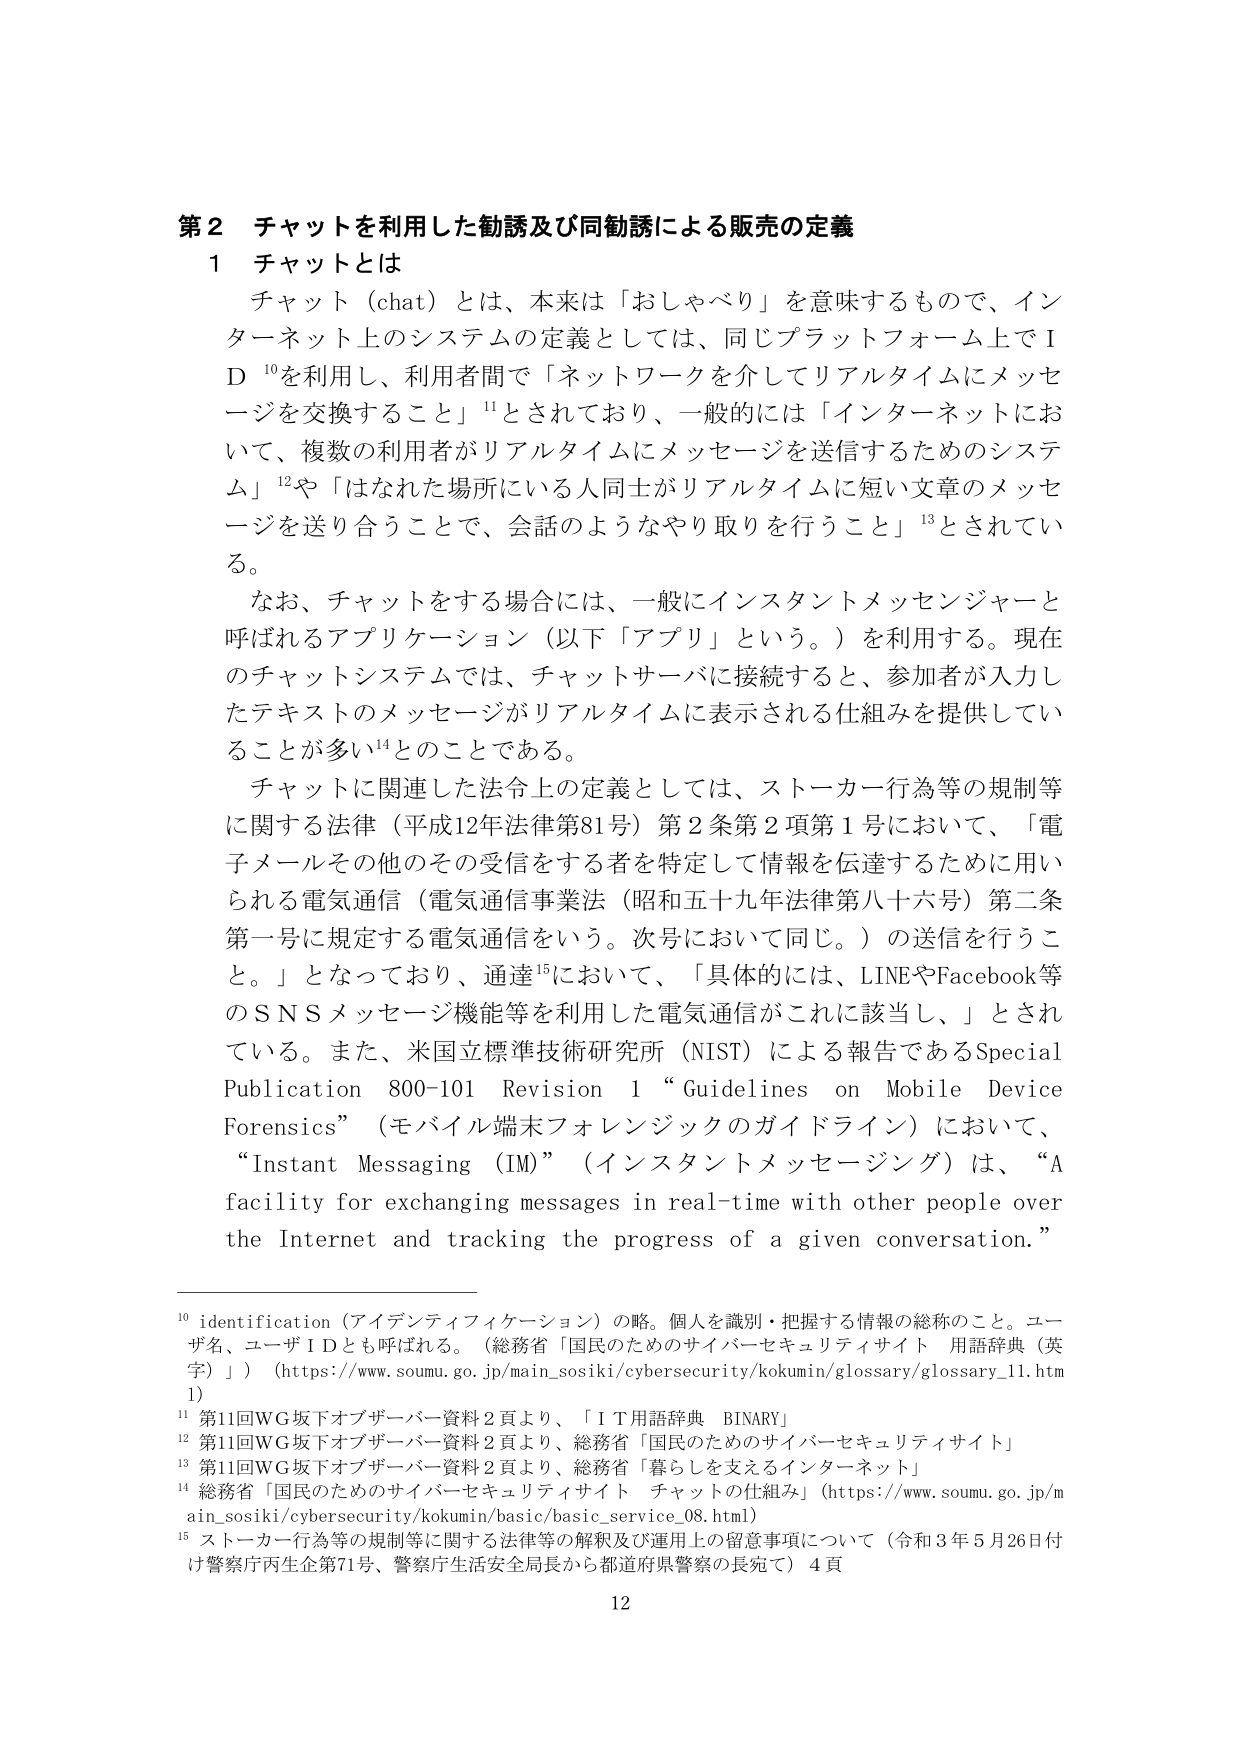
第２ チャットを利用した勧誘及び同勧誘による販売の定義

１ チャットとは

チャット（chat）とは、本来は「おしゃべり」を意味するもので、インターネット上のシステムの定義としては、同じプラットフォーム上でＩＤ¹⁰を利用し、利用者間で「ネットワークを介してリアルタイムにメッセージを交換すること」¹¹とされており、一般的には「インターネットにおいて、複数の利用者がリアルタイムにメッセージを送信するためのシステム」¹²や「はなれた場所にいる人同士がリアルタイムに短い文章のメッセージを送り合うことで、会話のようなやり取りを行うこと」¹³とされている。

なお、チャットをする場合には、一般にインスタントメッセンジャーと呼ばれるアプリケーション（以下「アプリ」という。）を利用する。現在のチャットシステムでは、チャットサーバに接続すると、参加者が入力したテキストのメッセージがリアルタイムに表示される仕組みを提供していることが多い¹⁴とのことである。

チャットに関連した法令上の定義としては、ストーカー行為等の規制等に関する法律（平成12年法律第81号）第2条第2項第1号において、「電子メールその他のその受信をする者を特定して情報を伝達するために用いられる電気通信（電気通信事業法（昭和五十九年法律第八十六号）第二条第一号に規定する電気通信をいう。次号において同じ。）の送信を行うこと。」となっており、通達¹⁵において、「具体的には、LINEやFacebook等のＳＮＳメッセージ機能等を利用した電気通信がこれに該当し、」とされている。また、米国立標準技術研究所（NIST）による報告であるSpecial Publication 800-101 Revision 1 “Guidelines on Mobile Device Forensics”（モバイル端末フォレンジックのガイドライン）において、“Instant Messaging (IM)”（インスタントメッセージング）は、“A facility for exchanging messages in real-time with other people over the Internet and tracking the progress of a given conversation.”

¹⁰ identification（アイデンティフィケーション）の略。個人を識別・把握する情報の総称のこと。ユーザ名、ユーザＩＤとも呼ばれる。（総務省「国民のためのサイバーセキュリティサイト 用語辞典（英字）」）（https://www.soumu.go.jp/main_sosiki/cybersecurity/kokumin/glossary/glossary_11.htm）

¹¹ 第11回WG坂下オブザーバー資料2頁より、「ＩＴ用語辞典 BINARY」

¹² 第11回WG坂下オブザーバー資料2頁より、総務省「国民のためのサイバーセキュリティサイト」

¹³ 第11回WG坂下オブザーバー資料2頁より、総務省「暮らしを支えるインターネット」

¹⁴ 総務省「国民のためのサイバーセキュリティサイト チャットの仕組み」（https://www.soumu.go.jp/main_sosiki/cybersecurity/kokumin/basic/basic_service_08.html）

¹⁵ ストーカー行為等の規制等に関する法律等の解釈及び運用上の留意事項について（令和3年5月26日付け警察庁丙生企第71号、警察庁生活安全局長から都道府県警察の長宛て）4頁

12